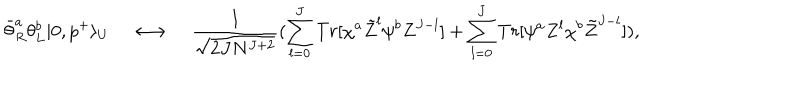
LaTeX: \bar { \theta } _ { R } ^ { a } \theta _ { L } ^ { b } | 0 , p ^ { + } \rangle _ { U } \quad \longleftrightarrow \quad { \frac { 1 } { \sqrt { 2 J N ^ { J + 2 } } } } ( \sum _ { l = 0 } ^ { J } T r [ \chi ^ { a } \tilde { Z } ^ { l } \psi ^ { b } Z ^ { J - l } ] + \sum _ { l = 0 } ^ { J } T r [ \psi ^ { a } Z ^ { l } \chi ^ { b } \tilde { Z } ^ { J - l } ] ) ,